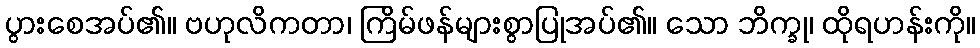
ပွားစေအပ်၏။ ဗဟုလိကတာ၊ ကြိမ်ဖန်များစွာပြုအပ်၏။ သော ဘိက္ခု၊ ထိုရဟန်းကို။